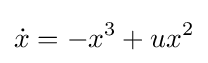
{\dot {x}}=-x^{3}+ux^{2}